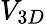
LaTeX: V_{3D}